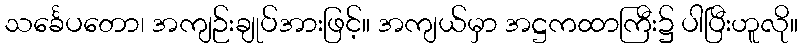
သင်္ခေပတော၊ အကျဉ်းချုပ်အားဖြင့်။ အကျယ်မှာ အဋ္ဌကထာကြီး၌ ပါပြီးဟူလို။